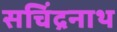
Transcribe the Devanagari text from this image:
सचिंद्रनाथ